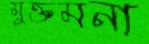
মুক্তমনা